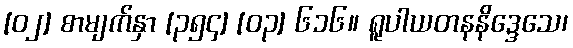
[၀၂] စာမျက်နှာ [၃၅၄] [၀၃] ၆၁၆။ ရူပါယတနနိဒ္ဒေသေ၊